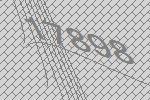
17898